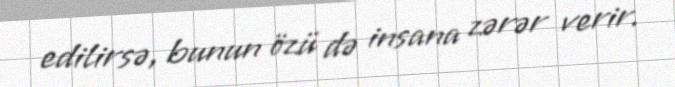
edilirsə, bunun özü də insana zərər verir.